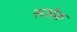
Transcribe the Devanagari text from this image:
सर्शक